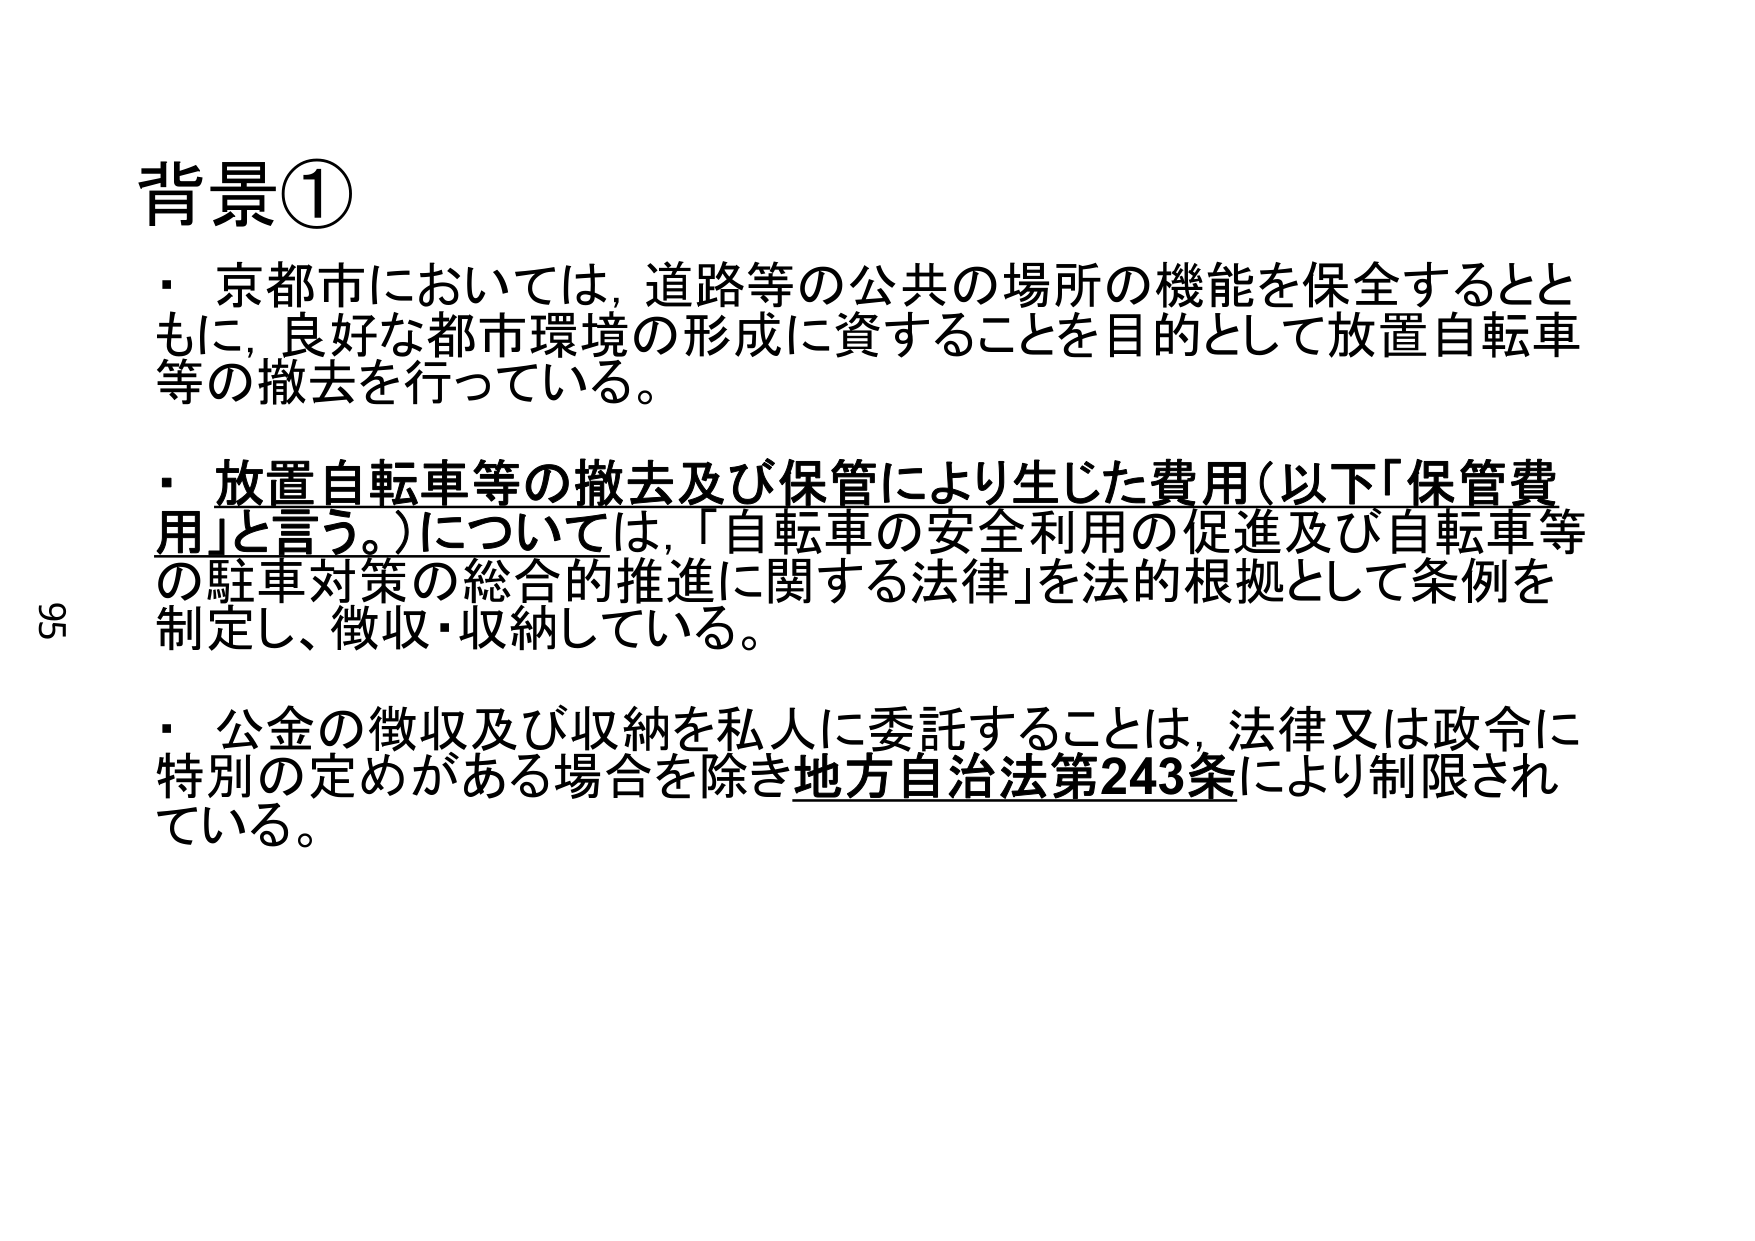
背景①
・京都市においては、道路等の公共の場所の機能を保全するとともに、良好な都市環境の形成に資することを目的として放置自転車等の撤去を行っている。
・放置自転車等の撤去及び保管により生じた費用（以下「保管費用」と言う。）については、「自転車の安全利用の促進及び自転車等の駐車対策の総合的推進に関する法律」を法的根拠として条例を制定し、徴収・収納している。
・公金の徴収及び収納を私人に委託することは、法律又は政令に特別の定めがある場合を除き地方自治法第243条により制限されている。
95